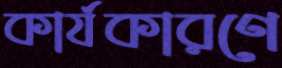
কার্যকারণে